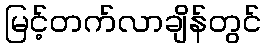
မြင့်တက်လာချိန်တွင်